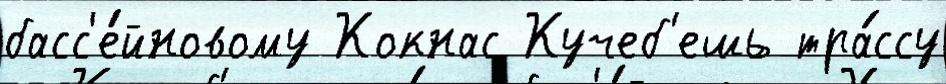
басс'е́йновому Кокнас Кучеб'ешь тра́ссу